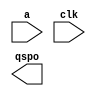
module LUT(
  a,
  clk,
  qspo
);

input [7 : 0] a;
input clk;
output [7 : 0] qspo;

// synthesis translate_off

  DIST_MEM_GEN_V7_2 #(
    .C_ADDR_WIDTH(8),
    .C_DEFAULT_DATA("0"),
    .C_DEPTH(256),
    .C_FAMILY("spartan6"),
    .C_HAS_CLK(1),
    .C_HAS_D(0),
    .C_HAS_DPO(0),
    .C_HAS_DPRA(0),
    .C_HAS_I_CE(0),
    .C_HAS_QDPO(0),
    .C_HAS_QDPO_CE(0),
    .C_HAS_QDPO_CLK(0),
    .C_HAS_QDPO_RST(0),
    .C_HAS_QDPO_SRST(0),
    .C_HAS_QSPO(1),
    .C_HAS_QSPO_CE(0),
    .C_HAS_QSPO_RST(0),
    .C_HAS_QSPO_SRST(0),
    .C_HAS_SPO(0),
    .C_HAS_SPRA(0),
    .C_HAS_WE(0),
    .C_MEM_INIT_FILE("LUT.mif"),
    .C_MEM_TYPE(0),
    .C_PARSER_TYPE(1),
    .C_PIPELINE_STAGES(0),
    .C_QCE_JOINED(0),
    .C_QUALIFY_WE(0),
    .C_READ_MIF(1),
    .C_REG_A_D_INPUTS(0),
    .C_REG_DPRA_INPUT(0),
    .C_SYNC_ENABLE(1),
    .C_WIDTH(8)
  )
  inst (
    .A(a),
    .CLK(clk),
    .QSPO(qspo),
    .D(),
    .DPRA(),
    .SPRA(),
    .WE(),
    .I_CE(),
    .QSPO_CE(),
    .QDPO_CE(),
    .QDPO_CLK(),
    .QSPO_RST(),
    .QDPO_RST(),
    .QSPO_SRST(),
    .QDPO_SRST(),
    .SPO(),
    .DPO(),
    .QDPO()
  );

// synthesis translate_on

endmodule